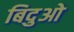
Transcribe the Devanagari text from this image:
बिदुओ